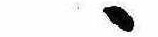
ゝ